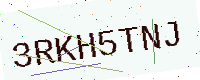
Text: 3RKH5TNJ